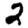
Digit: 2